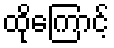
ထိုကြောင့်